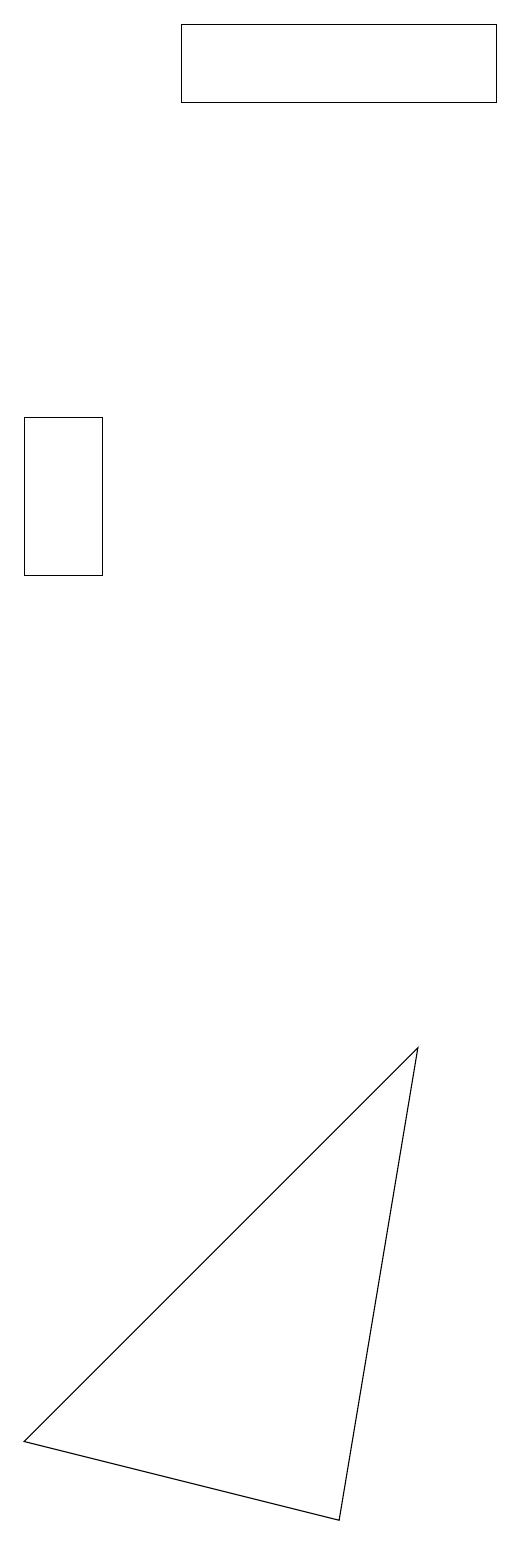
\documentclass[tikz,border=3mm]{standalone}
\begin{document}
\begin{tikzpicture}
\draw (8,19) rectangle (4,18);
\draw (2,1) -- (7,6) -- (6,0) -- cycle;
\draw (2,12) rectangle (3,14);
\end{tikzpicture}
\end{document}